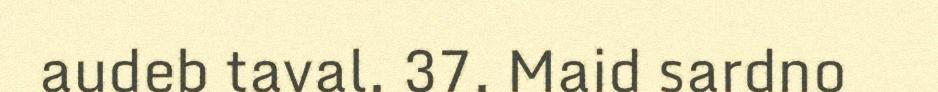
audeb taval. 37. Maid sardno